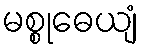
မစ္စုဓေယျံ